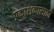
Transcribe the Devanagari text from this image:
प्रकाशकासाठी